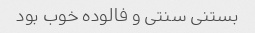
بستنی سنتی و فالوده خوب بود